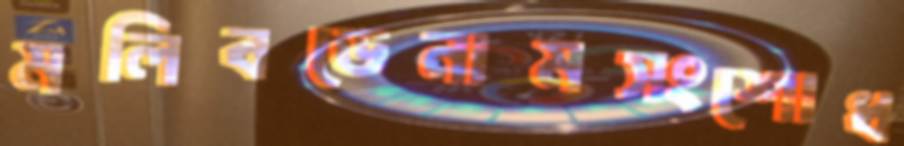
মলিবডেনামসংশোধ